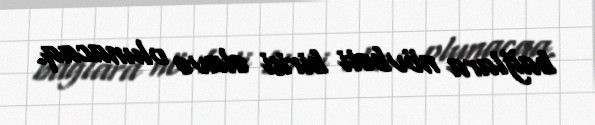
bağlara növbəti birisi əlavə olunacaq.